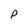
Character: p